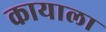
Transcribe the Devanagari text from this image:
कायाला